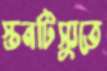
স্তনটিস্যুতে